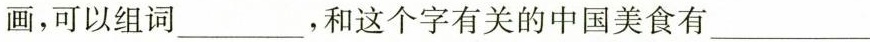
画，可以组词___，和这个字有关的中国美食有___